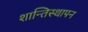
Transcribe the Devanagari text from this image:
शान्तिस्थापन